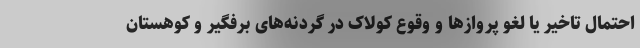
احتمال تاخیر یا لغو پروازها و وقوع کولاک در گردنه‌های برفگیر و کوهستان